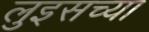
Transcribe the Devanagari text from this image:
लुइसच्या